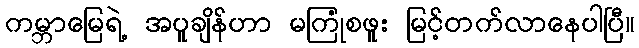
ကမ္ဘာမြေရဲ့ အပူချိန်ဟာ မကြုံစဖူး မြင့်တက်လာနေပါပြီ။